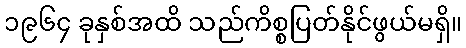
၁၉၆၄ ခုနှစ်အထိ သည်ကိစ္စပြတ်နိုင်ဖွယ်မရှိ။